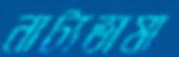
নাট্যভাষা